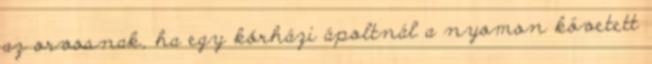
az orvosnak, ha egy kórházi ápoltnál a nyomon követett